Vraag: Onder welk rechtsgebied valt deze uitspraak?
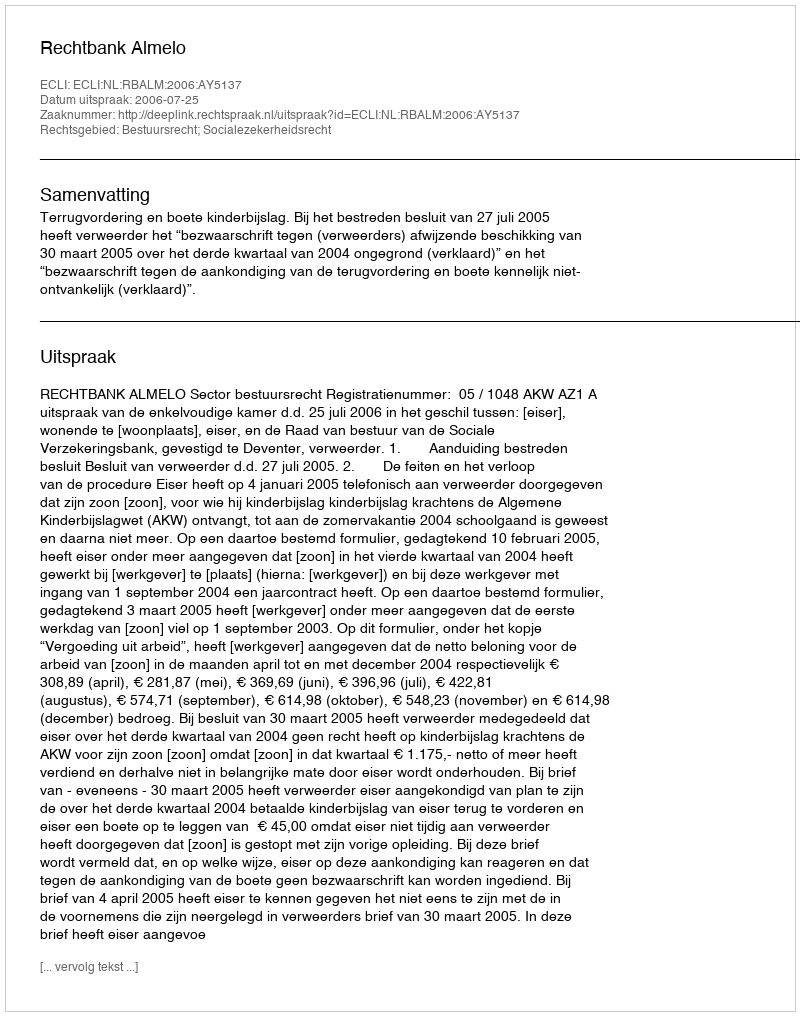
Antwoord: Bestuursrecht; Socialezekerheidsrecht